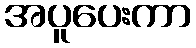
အပူပေးကာ